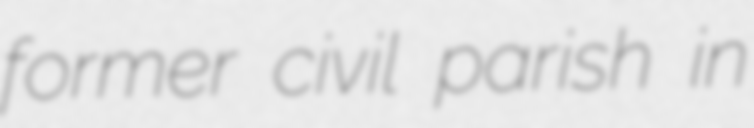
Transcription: former civil parish in